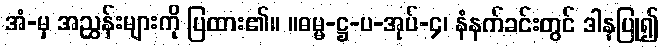
အံ-မှ အညွှန်းများကို ပြထား၏။ ။ဓမ္မ-ဋ္ဌ-ပ-အုပ်-၄၊ နံနက်ခင်းတွင် ဒါနပြု၍